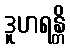
ဒူဟရန္တိ